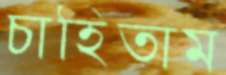
চাহিতাম